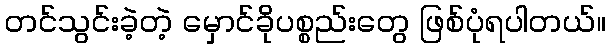
တင်သွင်းခဲ့တဲ့ မှောင်ခိုပစ္စည်းတွေ ဖြစ်ပုံရပါတယ်။